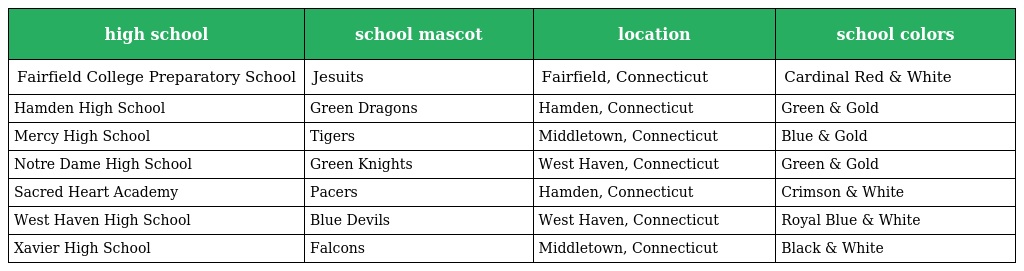
| high school | school mascot | location | school colors |
 | --- | --- | --- | --- |
 | Fairfield College Preparatory School | Jesuits | Fairfield, Connecticut | Cardinal Red & White |
 | Hamden High School | Green Dragons | Hamden, Connecticut | Green & Gold |
 | Mercy High School | Tigers | Middletown, Connecticut | Blue & Gold |
 | Notre Dame High School | Green Knights | West Haven, Connecticut | Green & Gold |
 | Sacred Heart Academy | Pacers | Hamden, Connecticut | Crimson & White |
 | West Haven High School | Blue Devils | West Haven, Connecticut | Royal Blue & White |
 | Xavier High School | Falcons | Middletown, Connecticut | Black & White |